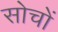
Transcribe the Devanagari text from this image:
सोचों